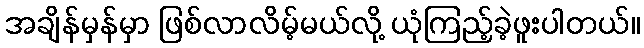
အချိန်မှန်မှာ ဖြစ်လာလိမ့်မယ်လို့ ယုံကြည့်ခဲ့ဖူးပါတယ်။